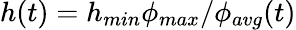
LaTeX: h(t)=h_{min}\phi_{max}/\phi_{avg}(t)